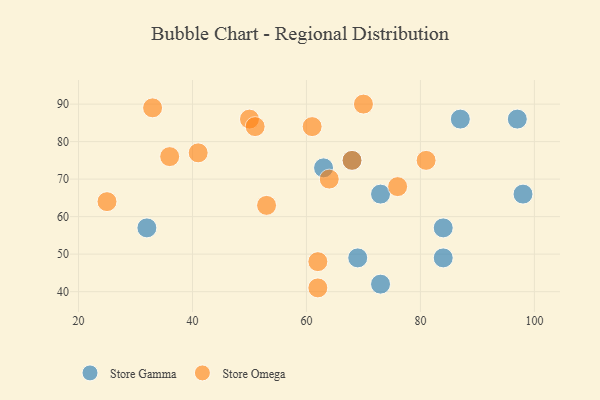
{"axis": {"x": "GDP", "y": "Life Expectancy"}, "legend": ["Store Gamma", "Store Omega"], "data": [{"x": "68", "y": 75, "type": "Store Gamma"}, {"x": "84", "y": 57, "type": "Store Gamma"}, {"x": "73", "y": 42, "type": "Store Gamma"}, {"x": "84", "y": 49, "type": "Store Gamma"}, {"x": "73", "y": 66, "type": "Store Gamma"}, {"x": "32", "y": 57, "type": "Store Gamma"}, {"x": "98", "y": 66, "type": "Store Gamma"}, {"x": "63", "y": 73, "type": "Store Gamma"}, {"x": "97", "y": 86, "type": "Store Gamma"}, {"x": "69", "y": 49, "type": "Store Gamma"}, {"x": "87", "y": 86, "type": "Store Gamma"}, {"x": "33", "y": 89, "type": "Store Omega"}, {"x": "62", "y": 41, "type": "Store Omega"}, {"x": "81", "y": 75, "type": "Store Omega"}, {"x": "25", "y": 64, "type": "Store Omega"}, {"x": "76", "y": 68, "type": "Store Omega"}, {"x": "61", "y": 84, "type": "Store Omega"}, {"x": "41", "y": 77, "type": "Store Omega"}, {"x": "50", "y": 86, "type": "Store Omega"}, {"x": "53", "y": 63, "type": "Store Omega"}, {"x": "36", "y": 76, "type": "Store Omega"}, {"x": "70", "y": 90, "type": "Store Omega"}, {"x": "68", "y": 75, "type": "Store Omega"}, {"x": "64", "y": 70, "type": "Store Omega"}, {"x": "62", "y": 48, "type": "Store Omega"}, {"x": "51", "y": 84, "type": "Store Omega"}]}